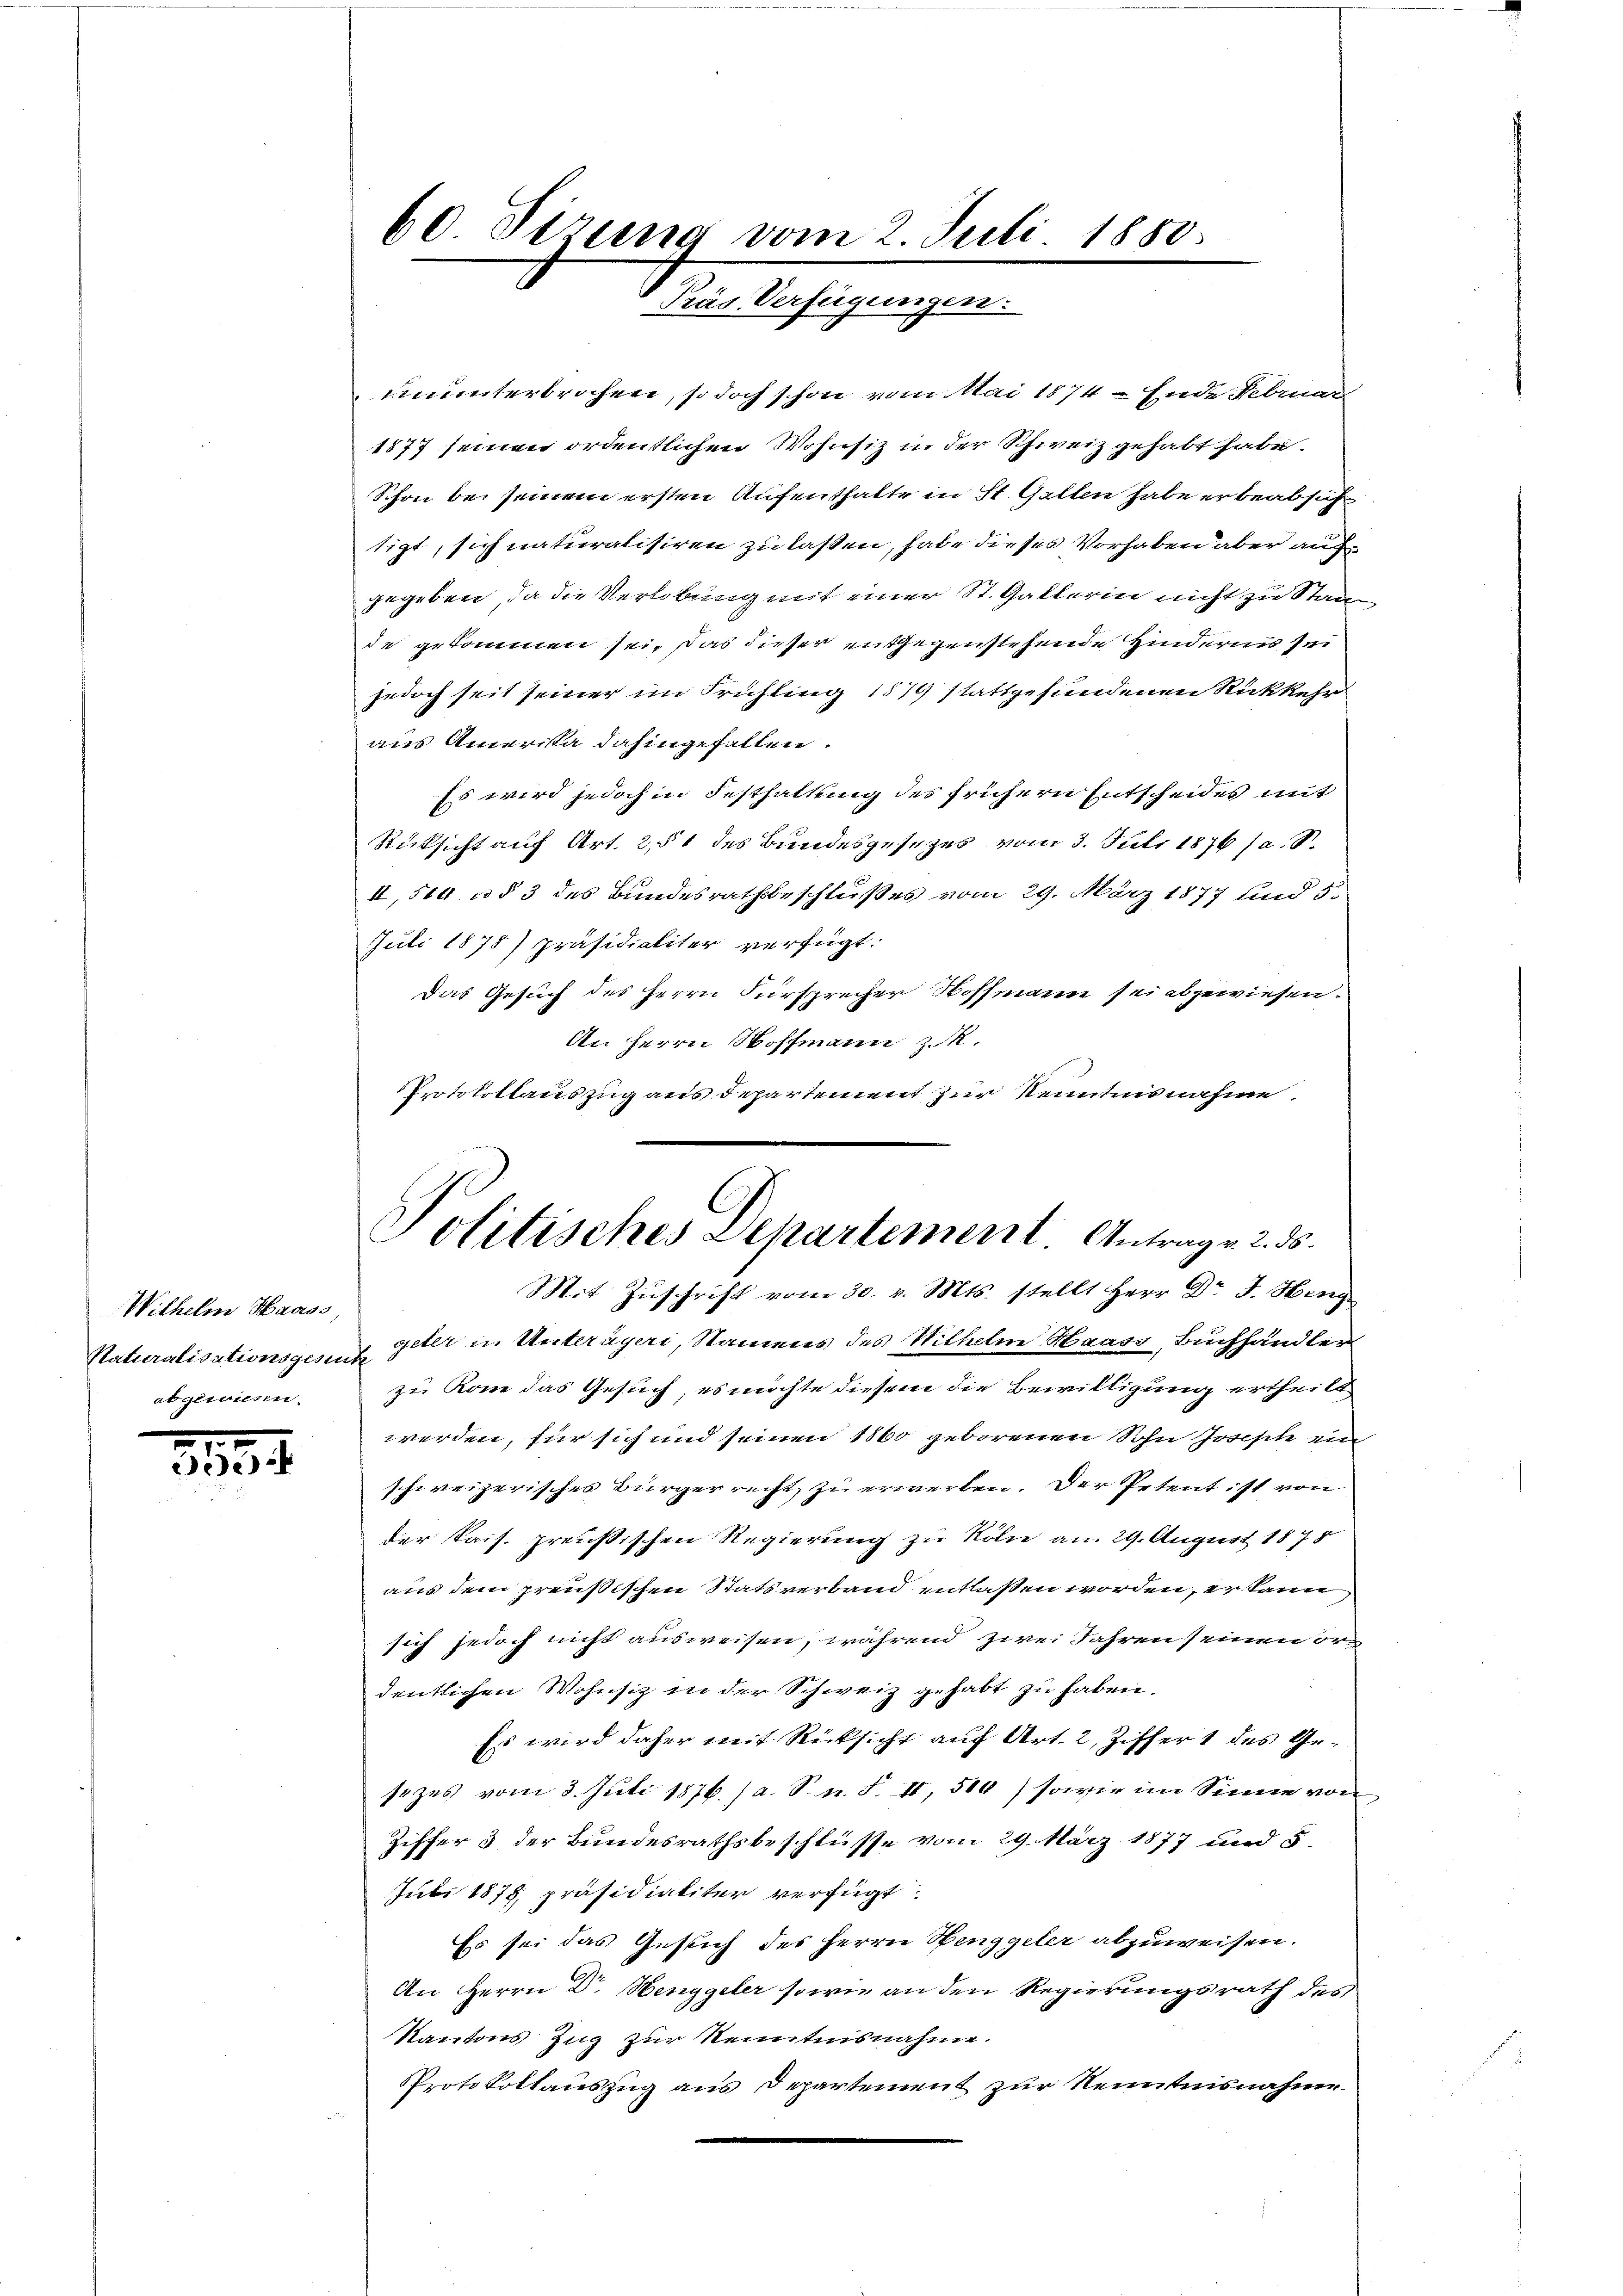
Withelm Haass,
Naturalisationsgesen
abgewiesen.

7
deck

60 Tizung vom 2. Juli 1880.
Präs. Verfügungen.

ununterbrochen, so doch schon vom Mai 1874 - Ende Februar
1877 seinen ordentlichen Wohnsiz in der Schweiz gehabt habe.
Schon bei seinem ersten Aufenthalte in St. Gallen habe er beabsiche
tigt, sich naturalisiren zu laßen, habe dieses Vorhaben aber aufgegeben, da die Verlobung mit einer St. Gatterin nicht zu Staa
de gekommen sei, das dieser entgegenstehende Hindernis sei
jedoch seit seiner im Frühling 1579 stattgefundenen Rückkehr
aus Amerista dahingefallen.
Es wird jedoch in Festhaltung des frühern Entscheides mit
Rücksicht auf Art. 2, § 1 des Bundesgesetzes vom 3. Juli 1876 (a. S.
II, 514 u § 3 des Bundesrathsbeschlußes vom 29. März 1877 und 5.
Juli 1875) präsidialiter verfügt:
Das Gesuch des Herrn Fürsprecher Hoffmann sei abgewiesen.
An Herrn Hoffmann z.
Protokollauszug aus Departement zur Kenntnisnahme
Mit Zuschrift vom 30. v. Mts. stellt Herr Dr J. Heng
geter in Unterägeri, Namens des Wilhelm Haass, Buchhändler
f
zu könne das Gesuch, es möchte diesem die Bewilligung ertheilt
werden, für sich und seinen 1860 geborenen Sohn Joseph ein
schweizerisches Bürgerrecht zu erwerben. Der Petent ist von
der Kais. preußischen Regierung zu Kölne an. 29. August 1878
aus dem preußischen Statsverband entlaßen worden, er kann
sich jedoch nicht ausweisen, während zwei Jahren seinen ordeutlichen Wohnsiz in der Schweiz gehabt zu haben.
Es wird daher mit Rücksicht auf Art. 2, Ziffert des Gesezes vom 3. Juli 1876. (a. S. n. F. II, 500) sowie im Sinne von
Ziffer & der Bundesrathsbeschlüsse vom 29. März 1877 und 5.
Jubi 1878, präsidialiter verfügt:
Es sei das Gesuch des Herrn Henggeler abzuweisen.
An Herrn Dr. Henggeler sowie an den Regierungsrath des
Kantons Zug zur Kenntnisnahme.
Protokollauszug aus Departement zur Kenntnisnahme

Politisches Departement Antrage 2. 55.